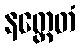
နတ္ထေတံ